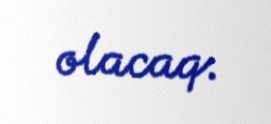
olacaq.